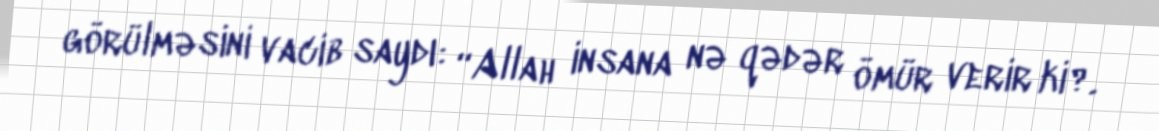
görülməsini vacib saydı: “Allah insana nə qədər ömür verir ki?.